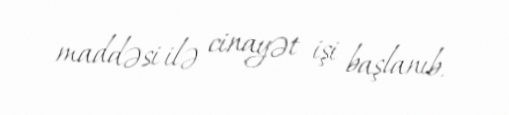
maddəsi ilə cinayət işi başlanıb.